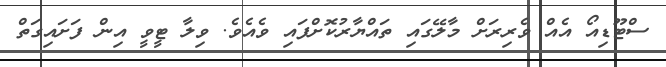
ސްޓޫޑިއޯ އެއް ވެރިރަށް މާލޭގައި ތައްޔާރުކޮށްފައި ވެއެވެ. ވިލާ ޓީވީ އިން ފަށައިގަތް